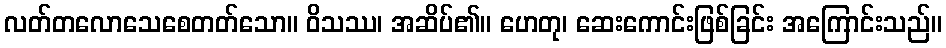
လတ်တလောသေစေတတ်သော။ ဝိသဿ၊ အဆိပ်၏။ ဟေတု၊ ဆေးကောင်းဖြစ်ခြင်း အကြောင်းသည်။